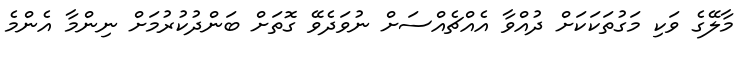
މާލޭގެ ވަކި މަގުތަކަކަށް ދުއްވާ އެއްޗެއްސަށް ނުވަދެވޭ ގޮތަށް ބަންދުކުރުމަށް ނިންމާ އެންމެ